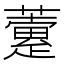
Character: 𧁏